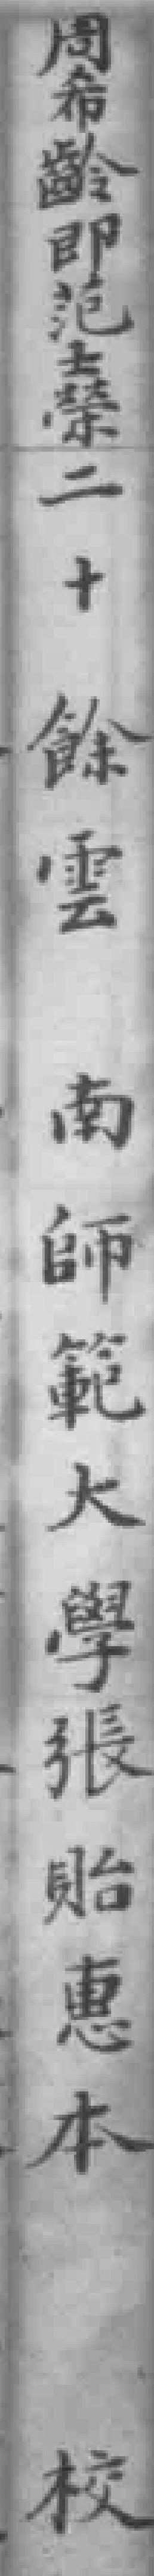
周希齡即范士榮二十餘雲南師範大學張貽惠本校